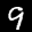
Label: 9